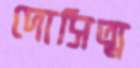
দোসিত্ম